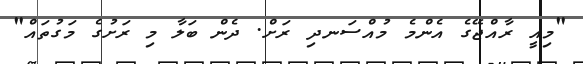
"މިއީ ރާއްޖޭގެ އެންމެ މުއްސަނދި ރަށް. ދެން ބަލާ މި ރަށުގެ މަގުތައް"